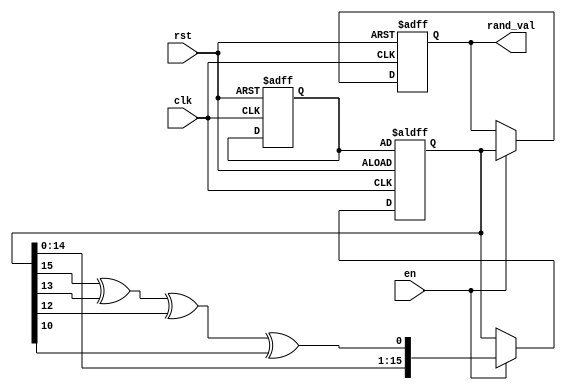
module RandomInitialization (
    input wire clk,          // Clock signal
    input wire rst,          // Asynchronous reset
    input wire en,           // Enable signal
    output reg [15:0] rand_val // Random value output (16-bit)
);

    // Internal variable for the seed and random state
    reg [15:0] seed;         // Seed for the random number generator
    reg [15:0] random_state; // Current state of the random number generator

    // LFSR feedback polynomial: x^16 + x^14 + x^13 + x^11 + 1
    wire feedback;

    assign feedback = random_state[15] ^ random_state[13] ^ random_state[12] ^ random_state[10];

    // Always block for the random value generation
    always @(posedge clk or posedge rst) begin
        if (rst) begin
            // Reset behavior
            rand_val <= 16'b0;          // Reset output to zero
            seed <= 16'hACE1;           // Initialize seed (can be any value)
            random_state <= seed;       // Initialize random state with seed
        end else if (en) begin
            // Random value generation
            random_state <= {random_state[14:0], feedback}; // Shift and add feedback
            rand_val <= random_state;  // Update output with the new random state
        end
    end

endmodule